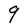
Character: 9